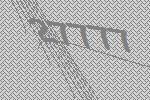
27777